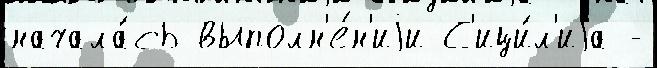
начала́сь выполн'е́н'иjи С'ици́л'иjа -